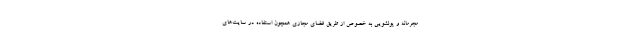
مجرمانه و پولشویی به خصوص از طریق فضای مجازی همچون استفاده در سایت‌های